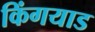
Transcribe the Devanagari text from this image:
किंगयाड